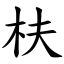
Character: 枎